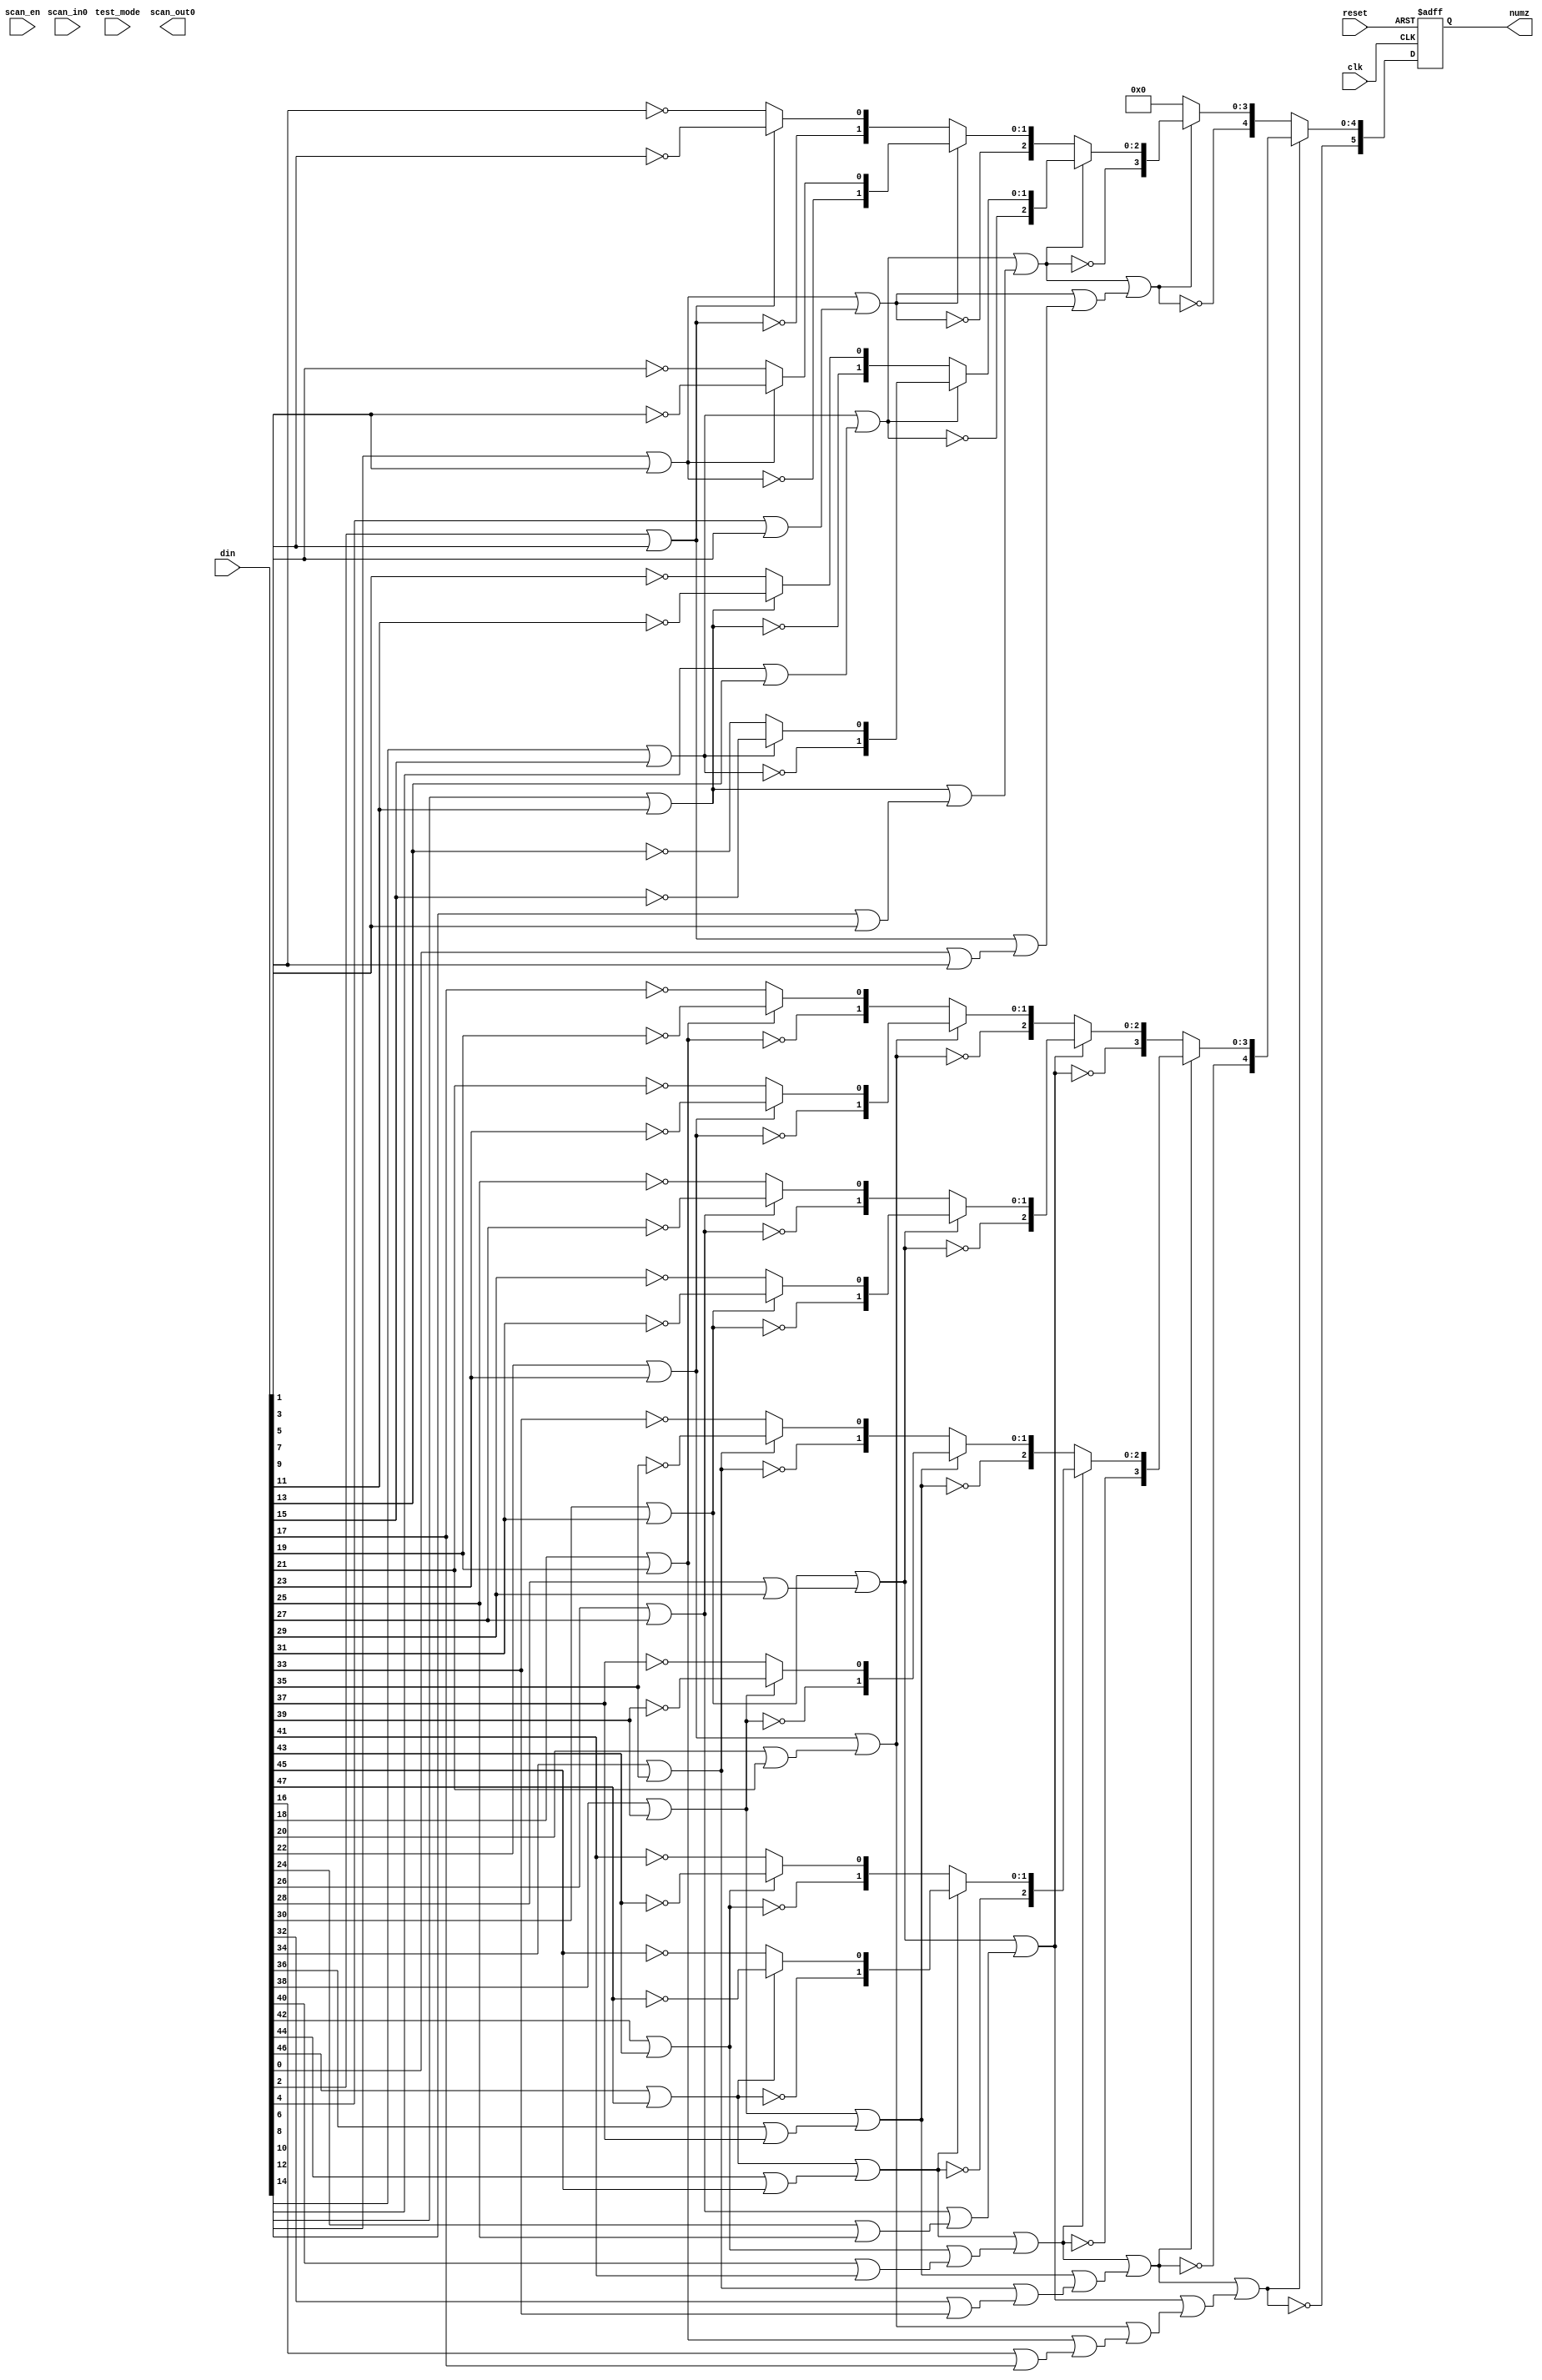

module lzd (
           reset,
           clk,
           scan_in0,
           scan_en,
           test_mode,
           scan_out0,
           din,
           numz
       );

input
    reset,                      // system reset
    clk;                        // system clock

input
    scan_in0,                   // test scan mode data input
    scan_en,                    // test scan mode enable
    test_mode;                  // test mode select

input
    [47:0] din;                 // input data

output
    scan_out0;                  // test scan mode data output

output
    [5:0] numz;                 // output number of leading zeros

// LZD structures (easier to generate a 64 bit structure)

wire [47:0] din;

reg [5:0] numz;                 // output number of leading zeros

// extend input operand to 64 bits
wire [63:0] op = {din, 16'hffff} ;

wire p1 [31:0];
wire [31:0] v1;
wire [1:0] p2 [15:0];
wire [15:0] v2;
wire [2:0] p3 [7:0];
wire [7:0] v3;
wire [3:0] p4 [3:0];
wire [3:0] v4;
wire [4:0] p5 [1:0];
wire [1:0] v5;
wire [5:0] p6;

assign p1[0 ] = ~op[1 ];
assign p1[1 ] = ~op[3 ];
assign p1[2 ] = ~op[5 ];
assign p1[3 ] = ~op[7 ];
assign p1[4 ] = ~op[9 ];
assign p1[5 ] = ~op[11];
assign p1[6 ] = ~op[13];
assign p1[7 ] = ~op[15];
assign p1[8 ] = ~op[17];
assign p1[9 ] = ~op[19];
assign p1[10] = ~op[21];
assign p1[11] = ~op[23];
assign p1[12] = ~op[25];
assign p1[13] = ~op[27];
assign p1[14] = ~op[29];
assign p1[15] = ~op[31];
assign p1[16] = ~op[33];
assign p1[17] = ~op[35];
assign p1[18] = ~op[37];
assign p1[19] = ~op[39];
assign p1[20] = ~op[41];
assign p1[21] = ~op[43];
assign p1[22] = ~op[45];
assign p1[23] = ~op[47];
assign p1[24] = ~op[49];
assign p1[25] = ~op[51];
assign p1[26] = ~op[53];
assign p1[27] = ~op[55];
assign p1[28] = ~op[57];
assign p1[29] = ~op[59];
assign p1[30] = ~op[61];
assign p1[31] = ~op[63];
assign v1[0 ] = op[0 ] | op[1 ];
assign v1[1 ] = op[2 ] | op[3 ];
assign v1[2 ] = op[4 ] | op[5 ];
assign v1[3 ] = op[6 ] | op[7 ];
assign v1[4 ] = op[8 ] | op[9 ];
assign v1[5 ] = op[10] | op[11];
assign v1[6 ] = op[12] | op[13];
assign v1[7 ] = op[14] | op[15];
assign v1[8 ] = op[16] | op[17];
assign v1[9 ] = op[18] | op[19];
assign v1[10] = op[20] | op[21];
assign v1[11] = op[22] | op[23];
assign v1[12] = op[24] | op[25];
assign v1[13] = op[26] | op[27];
assign v1[14] = op[28] | op[29];
assign v1[15] = op[30] | op[31];
assign v1[16] = op[32] | op[33];
assign v1[17] = op[34] | op[35];
assign v1[18] = op[36] | op[37];
assign v1[19] = op[38] | op[39];
assign v1[20] = op[40] | op[41];
assign v1[21] = op[42] | op[43];
assign v1[22] = op[44] | op[45];
assign v1[23] = op[46] | op[47];
assign v1[24] = op[48] | op[49];
assign v1[25] = op[50] | op[51];
assign v1[26] = op[52] | op[53];
assign v1[27] = op[54] | op[55];
assign v1[28] = op[56] | op[57];
assign v1[29] = op[58] | op[59];
assign v1[30] = op[60] | op[61];
assign v1[31] = op[62] | op[63];

assign p2[0 ] = {~v1[1 ], (v1[1 ] ? p1[1 ] : p1[0 ])};
assign p2[1 ] = {~v1[3 ], (v1[3 ] ? p1[3 ] : p1[2 ])};
assign p2[2 ] = {~v1[5 ], (v1[5 ] ? p1[5 ] : p1[4 ])};
assign p2[3 ] = {~v1[7 ], (v1[7 ] ? p1[7 ] : p1[6 ])};
assign p2[4 ] = {~v1[9 ], (v1[9 ] ? p1[9 ] : p1[8 ])};
assign p2[5 ] = {~v1[11], (v1[11] ? p1[11] : p1[10])};
assign p2[6 ] = {~v1[13], (v1[13] ? p1[13] : p1[12])};
assign p2[7 ] = {~v1[15], (v1[15] ? p1[15] : p1[14])};
assign p2[8 ] = {~v1[17], (v1[17] ? p1[17] : p1[16])};
assign p2[9 ] = {~v1[19], (v1[19] ? p1[19] : p1[18])};
assign p2[10] = {~v1[21], (v1[21] ? p1[21] : p1[20])};
assign p2[11] = {~v1[23], (v1[23] ? p1[23] : p1[22])};
assign p2[12] = {~v1[25], (v1[25] ? p1[25] : p1[24])};
assign p2[13] = {~v1[27], (v1[27] ? p1[27] : p1[26])};
assign p2[14] = {~v1[29], (v1[29] ? p1[29] : p1[28])};
assign p2[15] = {~v1[31], (v1[31] ? p1[31] : p1[30])};
assign v2[0 ] = v1[1 ] | v1[0 ];
assign v2[1 ] = v1[3 ] | v1[2 ];
assign v2[2 ] = v1[5 ] | v1[4 ];
assign v2[3 ] = v1[7 ] | v1[6 ];
assign v2[4 ] = v1[9 ] | v1[8 ];
assign v2[5 ] = v1[11] | v1[10];
assign v2[6 ] = v1[13] | v1[12];
assign v2[7 ] = v1[15] | v1[14];
assign v2[8 ] = v1[17] | v1[16];
assign v2[9 ] = v1[19] | v1[18];
assign v2[10] = v1[21] | v1[20];
assign v2[11] = v1[23] | v1[22];
assign v2[12] = v1[25] | v1[24];
assign v2[13] = v1[27] | v1[26];
assign v2[14] = v1[29] | v1[28];
assign v2[15] = v1[31] | v1[30];

assign p3[0] = {~v2[1 ], (v2[1 ] ? p2[1 ] : p2[0 ])};
assign p3[1] = {~v2[3 ], (v2[3 ] ? p2[3 ] : p2[2 ])};
assign p3[2] = {~v2[5 ], (v2[5 ] ? p2[5 ] : p2[4 ])};
assign p3[3] = {~v2[7 ], (v2[7 ] ? p2[7 ] : p2[6 ])};
assign p3[4] = {~v2[9 ], (v2[9 ] ? p2[9 ] : p2[8 ])};
assign p3[5] = {~v2[11], (v2[11] ? p2[11] : p2[10])};
assign p3[6] = {~v2[13], (v2[13] ? p2[13] : p2[12])};
assign p3[7] = {~v2[15], (v2[15] ? p2[15] : p2[14])};
assign v3[0] = v2[1 ] | v2[0 ];
assign v3[1] = v2[3 ] | v2[2 ];
assign v3[2] = v2[5 ] | v2[4 ];
assign v3[3] = v2[7 ] | v2[6 ];
assign v3[4] = v2[9 ] | v2[8 ];
assign v3[5] = v2[11] | v2[10];
assign v3[6] = v2[13] | v2[12];
assign v3[7] = v2[15] | v2[14];

assign p4[0] = {~v3[1], (v3[1] ? p3[1] : p3[0])};
assign p4[1] = {~v3[3], (v3[3] ? p3[3] : p3[2])};
assign p4[2] = {~v3[5], (v3[5] ? p3[5] : p3[4])};
assign p4[3] = {~v3[7], (v3[7] ? p3[7] : p3[6])};
assign v4[0] = v3[1] | v3[0];
assign v4[1] = v3[3] | v3[2];
assign v4[2] = v3[5] | v3[4];
assign v4[3] = v3[7] | v3[6];

assign p5[0] = {~v4[1], (v4[1] ? p4[1] : p4[0])};
assign p5[1] = {~v4[3], (v4[3] ? p4[3] : p4[2])};
assign v5[0] = v4[1] | v4[0];
assign v5[1] = v4[3] | v4[2];

assign p6 = {~v5[1], (v5[1] ? p5[1] : p5[0])};

always @(posedge clk or posedge reset)
begin
	if (reset)
		numz <= 0;
	else
		numz <= p6;
end

endmodule